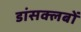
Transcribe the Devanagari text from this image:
डांसक्लबों